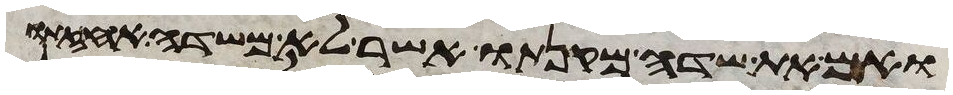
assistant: ואם את שדה מקנתו אשר לא משדה אחזתו